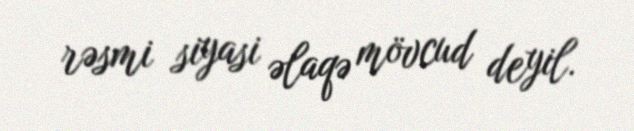
rəsmi siyasi əlaqə mövcud deyil.